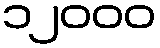
၁၂၀၀၀